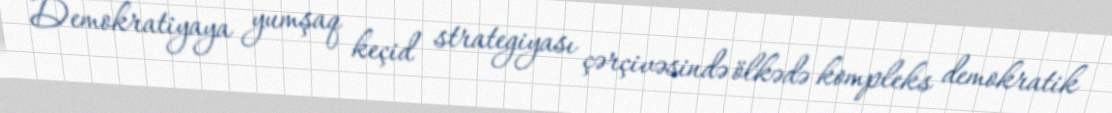
Demokratiyaya yumşaq keçid strategiyası çərçivəsində ölkədə kompleks demokratik